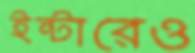
ইন্টারেও